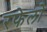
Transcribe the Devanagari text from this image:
रफेलो